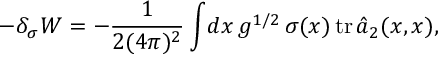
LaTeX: - \delta _ { \sigma } W = - \frac 1 { 2 ( 4 \pi ) ^ { 2 } } \int \! d x \, g ^ { 1 / 2 } \, \sigma ( x ) \, \mathrm { t r } \, \hat { a } _ { 2 } ( x , x ) ,